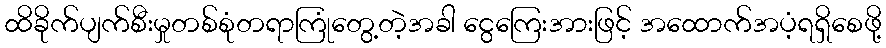
ထိခိုက်ပျက်စီးမှုတစ်စုံတရာကြုံတွေ့တဲ့အခါ ငွေကြေးအားဖြင့် အထောက်အပံ့ရရှိစေဖို့